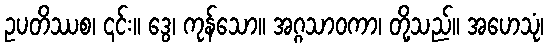
ဥပတိဿစ၊ ၎င်း။ ဒွေ၊ ကုန်သော။ အဂ္ဂသာဝကာ၊ တို့သည်။ အဟေသုံ၊